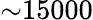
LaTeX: \mathord{\sim}15000